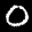
Label: 0